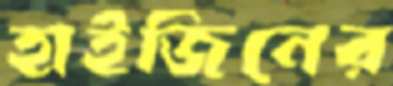
হাইজিনের